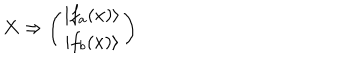
X \Rightarrow \left( \begin{array} { c } { { \vert f _ { a } ( x ) \rangle } } \\ { { \vert f _ { b } ( x ) \rangle } } \\ \end{array} \right)